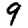
Digit: 9